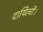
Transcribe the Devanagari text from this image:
दायित्वों।